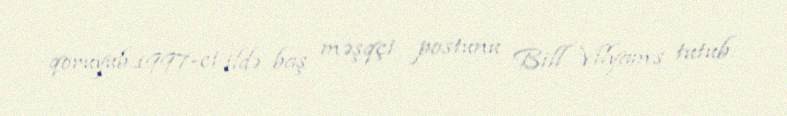
qoruyub.1997-ci ildə baş məşqçi postunu Bill Vilyams tutub.